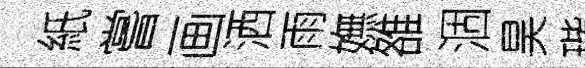
紙嘗画洒雨嫵雒涸昊瑎